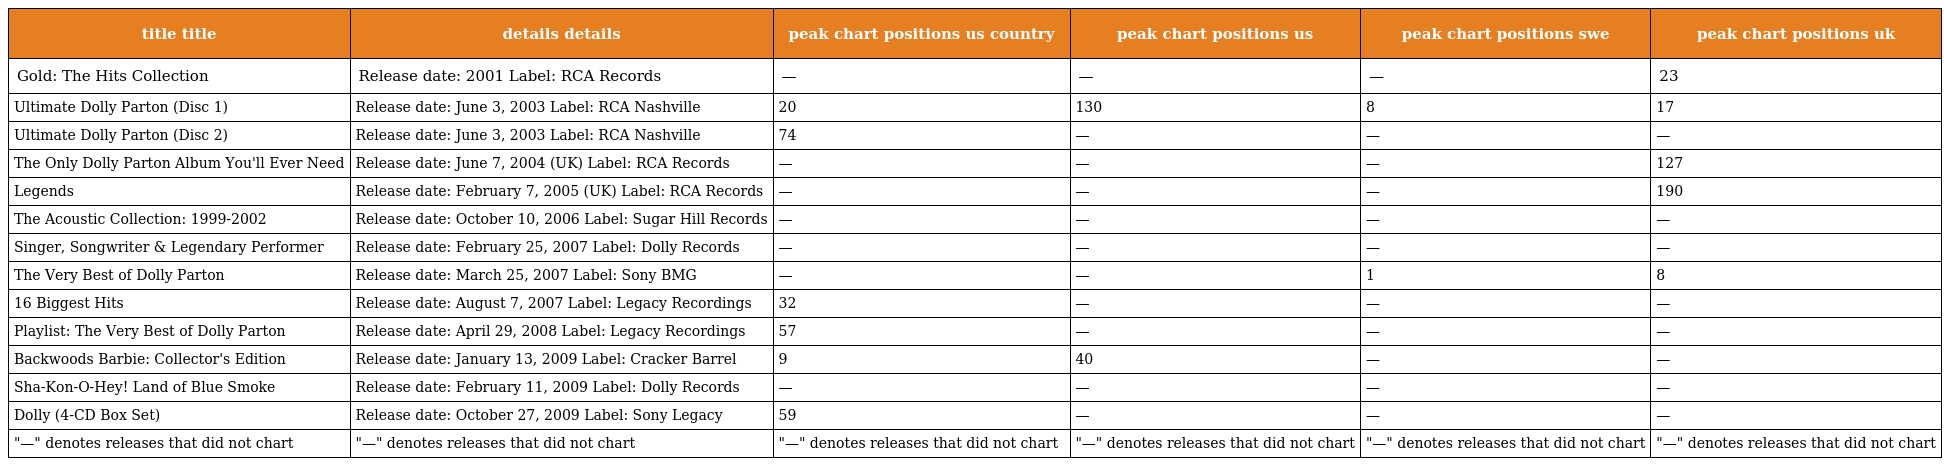
| title title | details details | peak chart positions us country | peak chart positions us | peak chart positions swe | peak chart positions uk |
 | --- | --- | --- | --- | --- | --- |
 | Gold: The Hits Collection | Release date: 2001 Label: RCA Records | — | — | — | 23 |
 | Ultimate Dolly Parton (Disc 1) | Release date: June 3, 2003 Label: RCA Nashville | 20 | 130 | 8 | 17 |
 | Ultimate Dolly Parton (Disc 2) | Release date: June 3, 2003 Label: RCA Nashville | 74 | — | — | — |
 | The Only Dolly Parton Album You'll Ever Need | Release date: June 7, 2004 (UK) Label: RCA Records | — | — | — | 127 |
 | Legends | Release date: February 7, 2005 (UK) Label: RCA Records | — | — | — | 190 |
 | The Acoustic Collection: 1999-2002 | Release date: October 10, 2006 Label: Sugar Hill Records | — | — | — | — |
 | Singer, Songwriter & Legendary Performer | Release date: February 25, 2007 Label: Dolly Records | — | — | — | — |
 | The Very Best of Dolly Parton | Release date: March 25, 2007 Label: Sony BMG | — | — | 1 | 8 |
 | 16 Biggest Hits | Release date: August 7, 2007 Label: Legacy Recordings | 32 | — | — | — |
 | Playlist: The Very Best of Dolly Parton | Release date: April 29, 2008 Label: Legacy Recordings | 57 | — | — | — |
 | Backwoods Barbie: Collector's Edition | Release date: January 13, 2009 Label: Cracker Barrel | 9 | 40 | — | — |
 | Sha-Kon-O-Hey! Land of Blue Smoke | Release date: February 11, 2009 Label: Dolly Records | — | — | — | — |
 | Dolly (4-CD Box Set) | Release date: October 27, 2009 Label: Sony Legacy | 59 | — | — | — |
 | "—" denotes releases that did not chart | "—" denotes releases that did not chart | "—" denotes releases that did not chart | "—" denotes releases that did not chart | "—" denotes releases that did not chart | "—" denotes releases that did not chart |